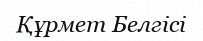
Құрмет Белгісі